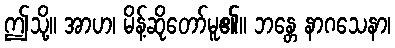
ဤသို့။ အာဟ၊ မိန့်ဆိုတော်မူ၏။ ဘန္တေ နာဂသေနာ၊